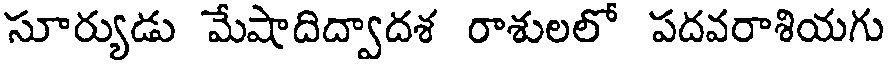
సూర్యుడు మేషాదిద్వాదశ రాశులలో పదవరాశియగు